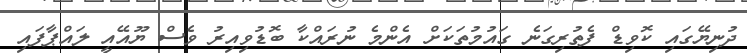
ދުނިޔޭގައި ކޮވިޑް ފެތުރިގަނެ ގައުމުތަކަށް އެންމެ ނުރައްކާ ބޮޑުވިއިރު ވެސް ޔޫއޭއީ ލައްޕާފައި